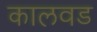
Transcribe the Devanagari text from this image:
कालवड